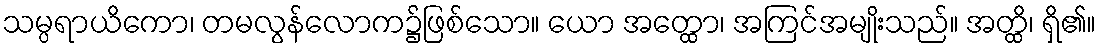
သမ္ပရာယိကော၊ တမလွန်လောက၌ဖြစ်သော။ ယော အတ္ထော၊ အကြင်အမျိုးသည်။ အတ္ထိ၊ ရှိ၏။